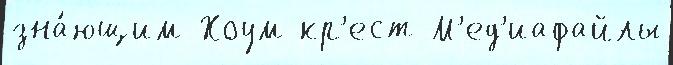
зна́ющим Хоум кр'ест М'ед'иафайлы